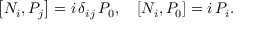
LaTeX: \left[ N _ { i } , { \cal P } _ { j } \right] = i \, \delta _ { i j } \, { \cal P } _ { 0 } , \quad \left[ N _ { i } , { \cal P } _ { 0 } \right] = i \, { \cal P } _ { i } .